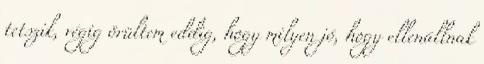
tetszik, végig örültem eddig, hogy milyen jó, hogy ellenállnak